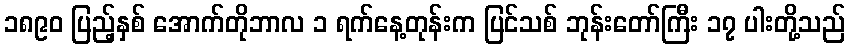
၁၈၉၀ ပြည့်နှစ် အောက်တိုဘာလ ၁ ရက်နေ့တုန်းက ပြင်သစ် ဘုန်းတော်ကြီး ၁၇ ပါးတို့သည်